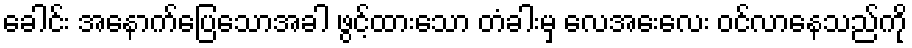
ခေါင်း အနောက်ပြေသောအခါ ဖွင့်ထားသော တံခါးမှ လေအေးလေး ဝင်လာနေသည်ကို